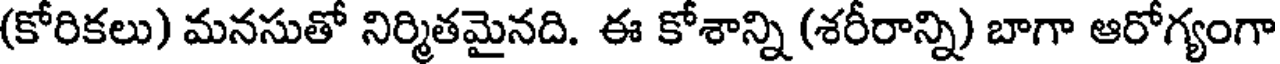
(కోరికలు) మనసుతో నిర్మితమైనది. ఈ కోశాన్ని (శరీరాన్ని) బాగా ఆరోగ్యంగా